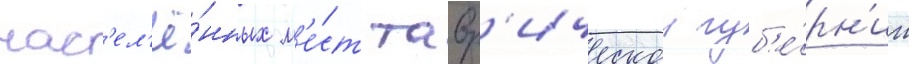
нас'ел'ё́нных м'е́ст тавр'ическои губ'е́рн'ии